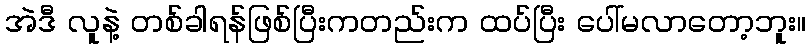
အဲဒီ လူနဲ့ တစ်ခါရန်ဖြစ်ပြီးကတည်းက ထပ်ပြီး ပေါ်မလာတော့ဘူး။